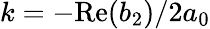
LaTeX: k=-\mathrm{Re}(b_{2})/2a_{0}